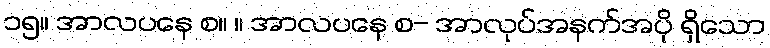
၁၅။ အာလပနေ စ။ ။ အာလပနေ စ- အာလုပ်အနက်အပို ရှိသော